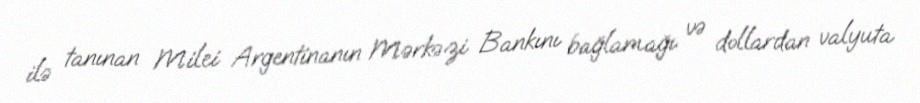
ilə tanınan Milei Argentinanın Mərkəzi Bankını bağlamağı və dollardan valyuta